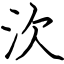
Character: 㳄